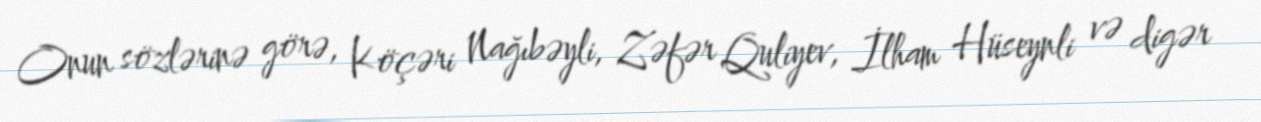
Onun sözlərinə görə, Köçəri Nağıbəyli, Zəfər Quliyev, İlham Hüseynli və digər